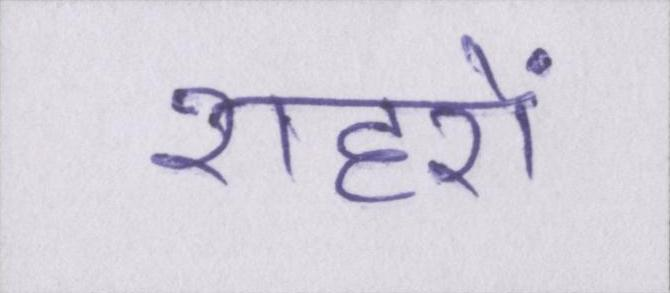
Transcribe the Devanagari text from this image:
शहरों